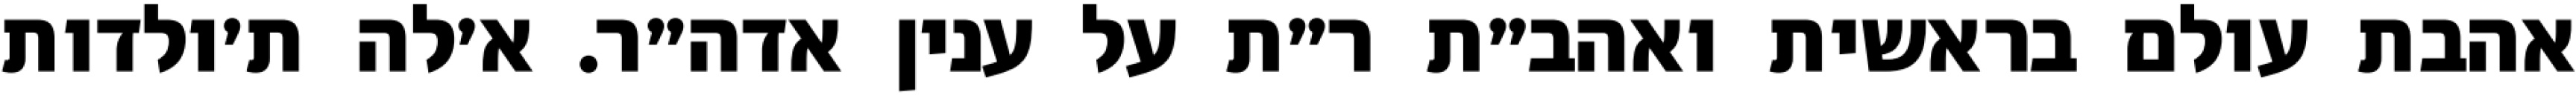
אהבת עולם בראשית ואהב״ת ר״ת על ענין אדה״ר. א׳לה ת׳ולדות